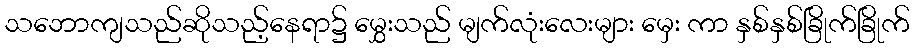
သဘောကျသည်ဆိုသည့်နေရာ၌ မွှေးသည် မျက်လုံးလေးများ မှေး ကာ နှစ်နှစ်ခြိုက်ခြိုက်